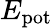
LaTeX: E_{\mathrm{pot}}